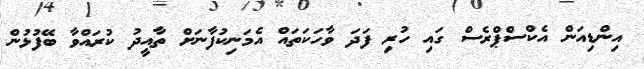
އިންޑިއަން އެކްސްޕްރެސް ގައި ހުރި ފަދަ ވާހަކަތައް އެމަނިކުފާނަށް ތާއީދު ކުރައްވާ ބޭފުޅުން